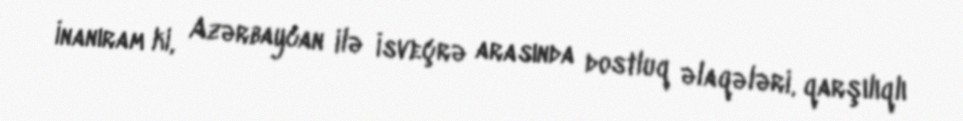
İnanıram ki, Azərbaycan ilə İsveçrə arasında dostluq əlaqələri, qarşılıqlı